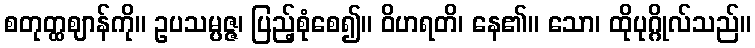
စတုတ္ထဈာန်ကို။ ဥပသမ္ပဇ္ဇ၊ ပြည့်စုံစေ၍။ ဝိဟရတိ၊ နေ၏။ သော၊ ထိုပုဂ္ဂိုလ်သည်။